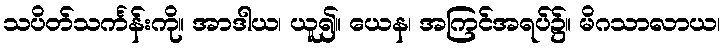
သပိတ်သင်္ကန်းကို။ အာဒါယ၊ ယူ၍။ ယေန၊ အကြင်အရပ်၌။ မိဂသာလာယ၊